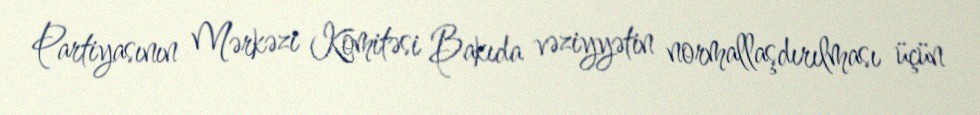
Partiyasının Mərkəzi Komitəsi Bakıda vəziyyətin normallaşdırılması üçün